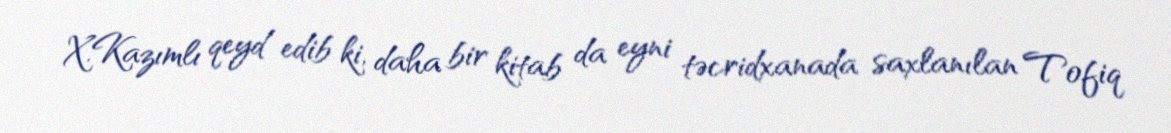
X.Kazımlı qeyd edib ki, daha bir kitab da eyni təcridxanada saxlanılan Tofiq